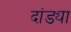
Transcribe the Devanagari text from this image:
दांड्या